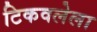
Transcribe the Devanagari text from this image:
टिकवलेला